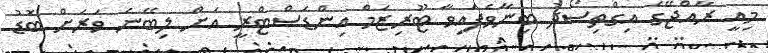
މިއީ ރާއްޖޭގެ އިގްތިސޯދު ބިނާވެފައިވާ ޓޫރިޒަމް އިންޑަސްޓްރީ އަށް ލިބޭނެ ވަރަށް ބޮޑު